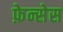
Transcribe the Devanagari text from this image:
फ़ेन्सेस